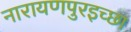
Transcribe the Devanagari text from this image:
नारायणपुरइच्छा